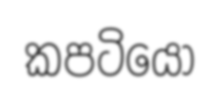
කපටියෝ